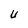
Character: U